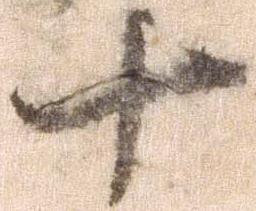
十